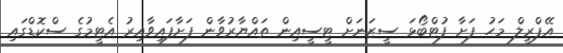
އޭޕްރީލް މަހު ފަށާ ފުޓްބޯޅަ ސީޒަނަށް ޓީސީއިން ތައްޔާރުވާން ފަށާފައިވާއިރު އެޓީމުގެ ސްކޮޑްގައި